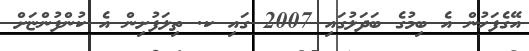
އޭގެފަހުން އެ ބިމުގެ ބަދަލުގައި 2007 ގައި ކ. ތިލަފުށިން އެ ކުންފުންޏަށް